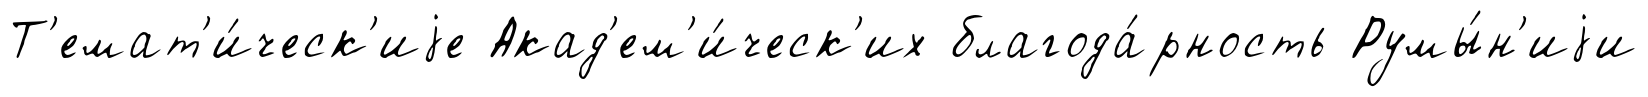
Т'емат'и́ческ'иjе Акад'ем'и́ческ'их благода́рность Румы́н'иjи